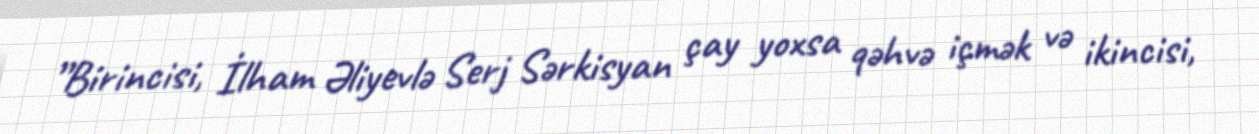
”Birincisi, İlham Əliyevlə Serj Sərkisyan çay yoxsa qəhvə içmək və ikincisi,